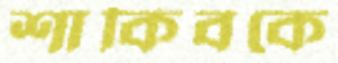
শাকিবকে